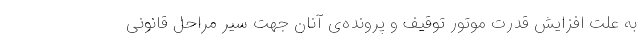
به علت افزایش قدرت موتور توقیف و پرونده‌ی آنان جهت سیر مراحل قانونی